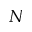
N